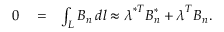
\begin{array} { r l r } { 0 } & { { } = } & { \int _ { L } B _ { n } \: d l \approx \boldsymbol { \lambda } ^ { * T } \boldsymbol { B } _ { n } ^ { * } + \boldsymbol { \lambda } ^ { T } \boldsymbol { B } _ { n } . } \end{array}